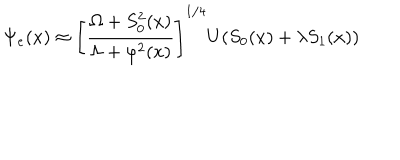
LaTeX: \Psi _ { e } ( x ) \approx \left[ \frac { \Omega + S _ { 0 } ^ { 2 } ( x ) } { \Lambda + \varphi ^ { 2 } ( x ) } \right] ^ { 1 / 4 } U ( S _ { 0 } ( x ) + \lambda S _ { 1 } ( x ) )